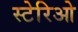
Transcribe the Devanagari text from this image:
स्टेरिओ